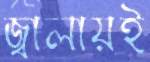
জ্বালায়ই